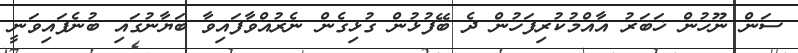
ސަން ނޫހުން ޚަބަރު އާއްމުކުރިފަހުން ދެ ބޭފުޅުން ގުޅިގެން ނެރުއްވާފައިވާ ބަޔާނުގައި ބުނެފައިވަނީ